Vabadussoja_Ajaloo_Komitee, lk 12
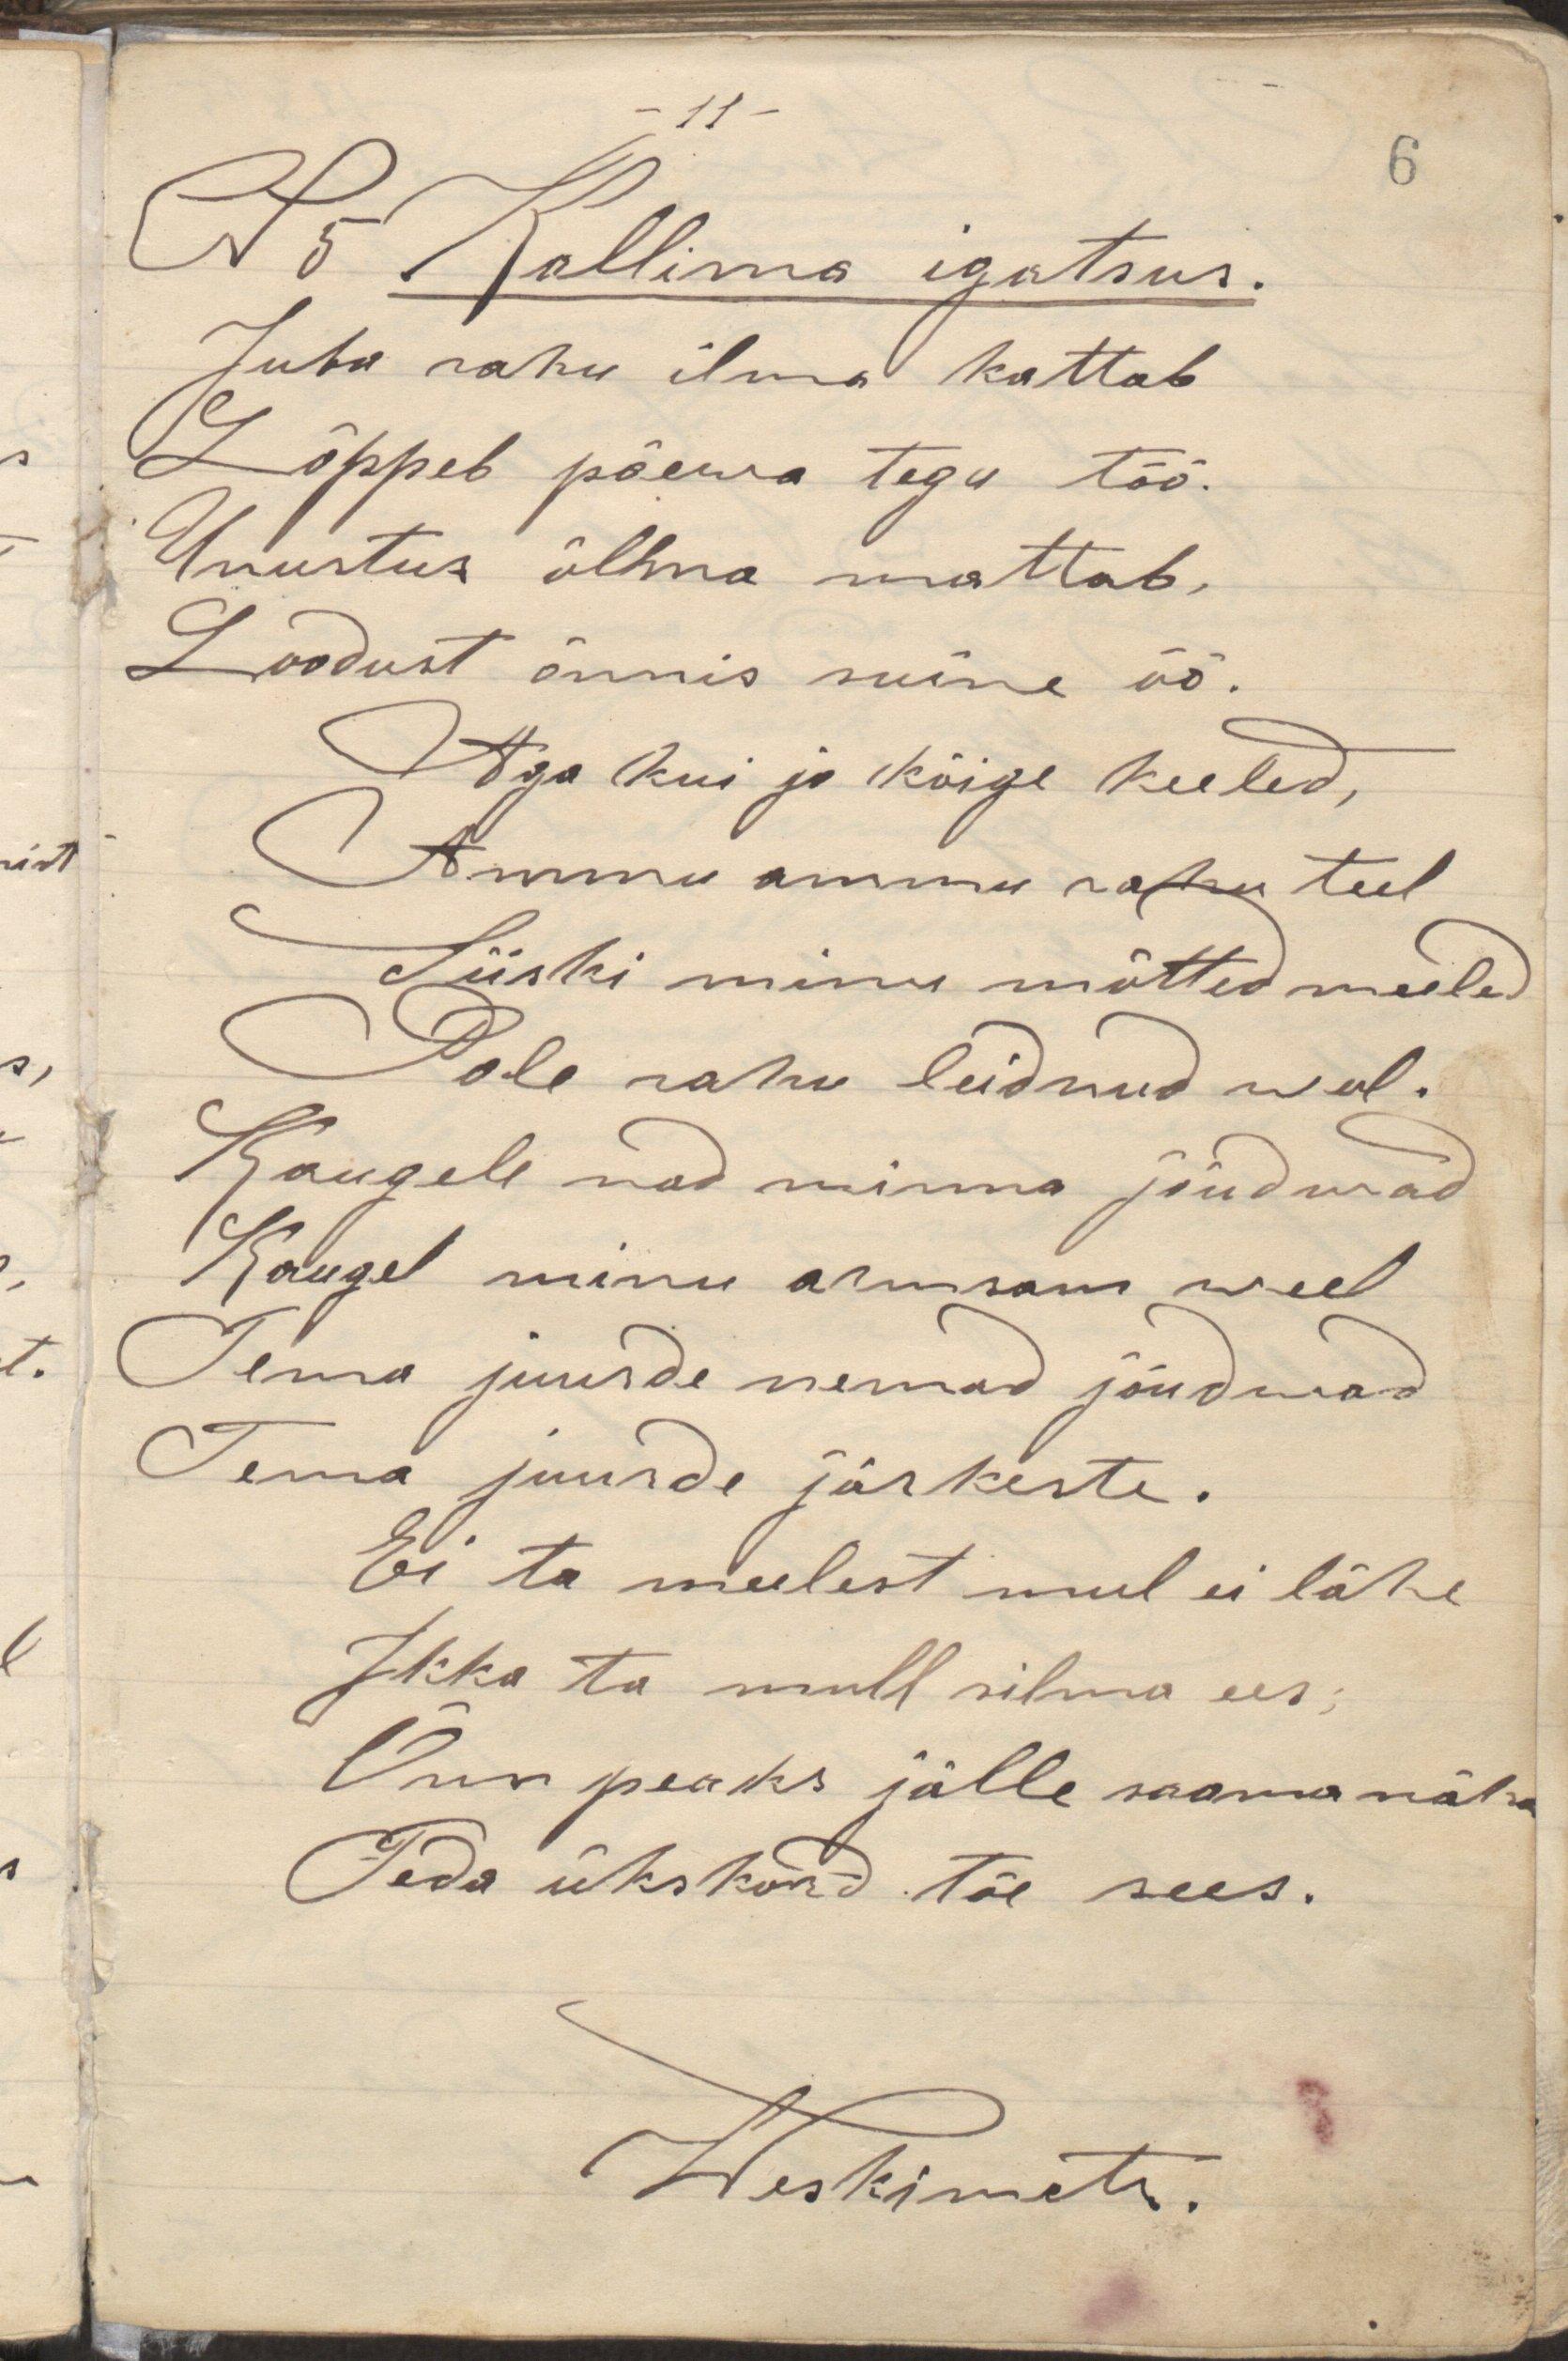
N 5 Kallima igatsus.
Juba rahu ilma kattab
Lõppeb päewa tegu töö.
Unustus õllma mattab,
Loodust õnnis suine öö.
Aga kui ju kõige keeled,
Ammu ammu rahu teel
Siiski minu mõtted meeled
Pole rahu leidnud weel.
Kaugel nad minna jõudwad
Kaugel minu armsam weel
Tema juurde nemad jõudwad
Tema juurde järkeste.
Ei ta meelest mul ei lähe
Ikka ta mull silma ees;
Õnn peaks jälle saama näha
Teda ükskord tõe sees.
Weskimets.